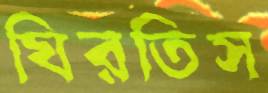
ঘিরতিস